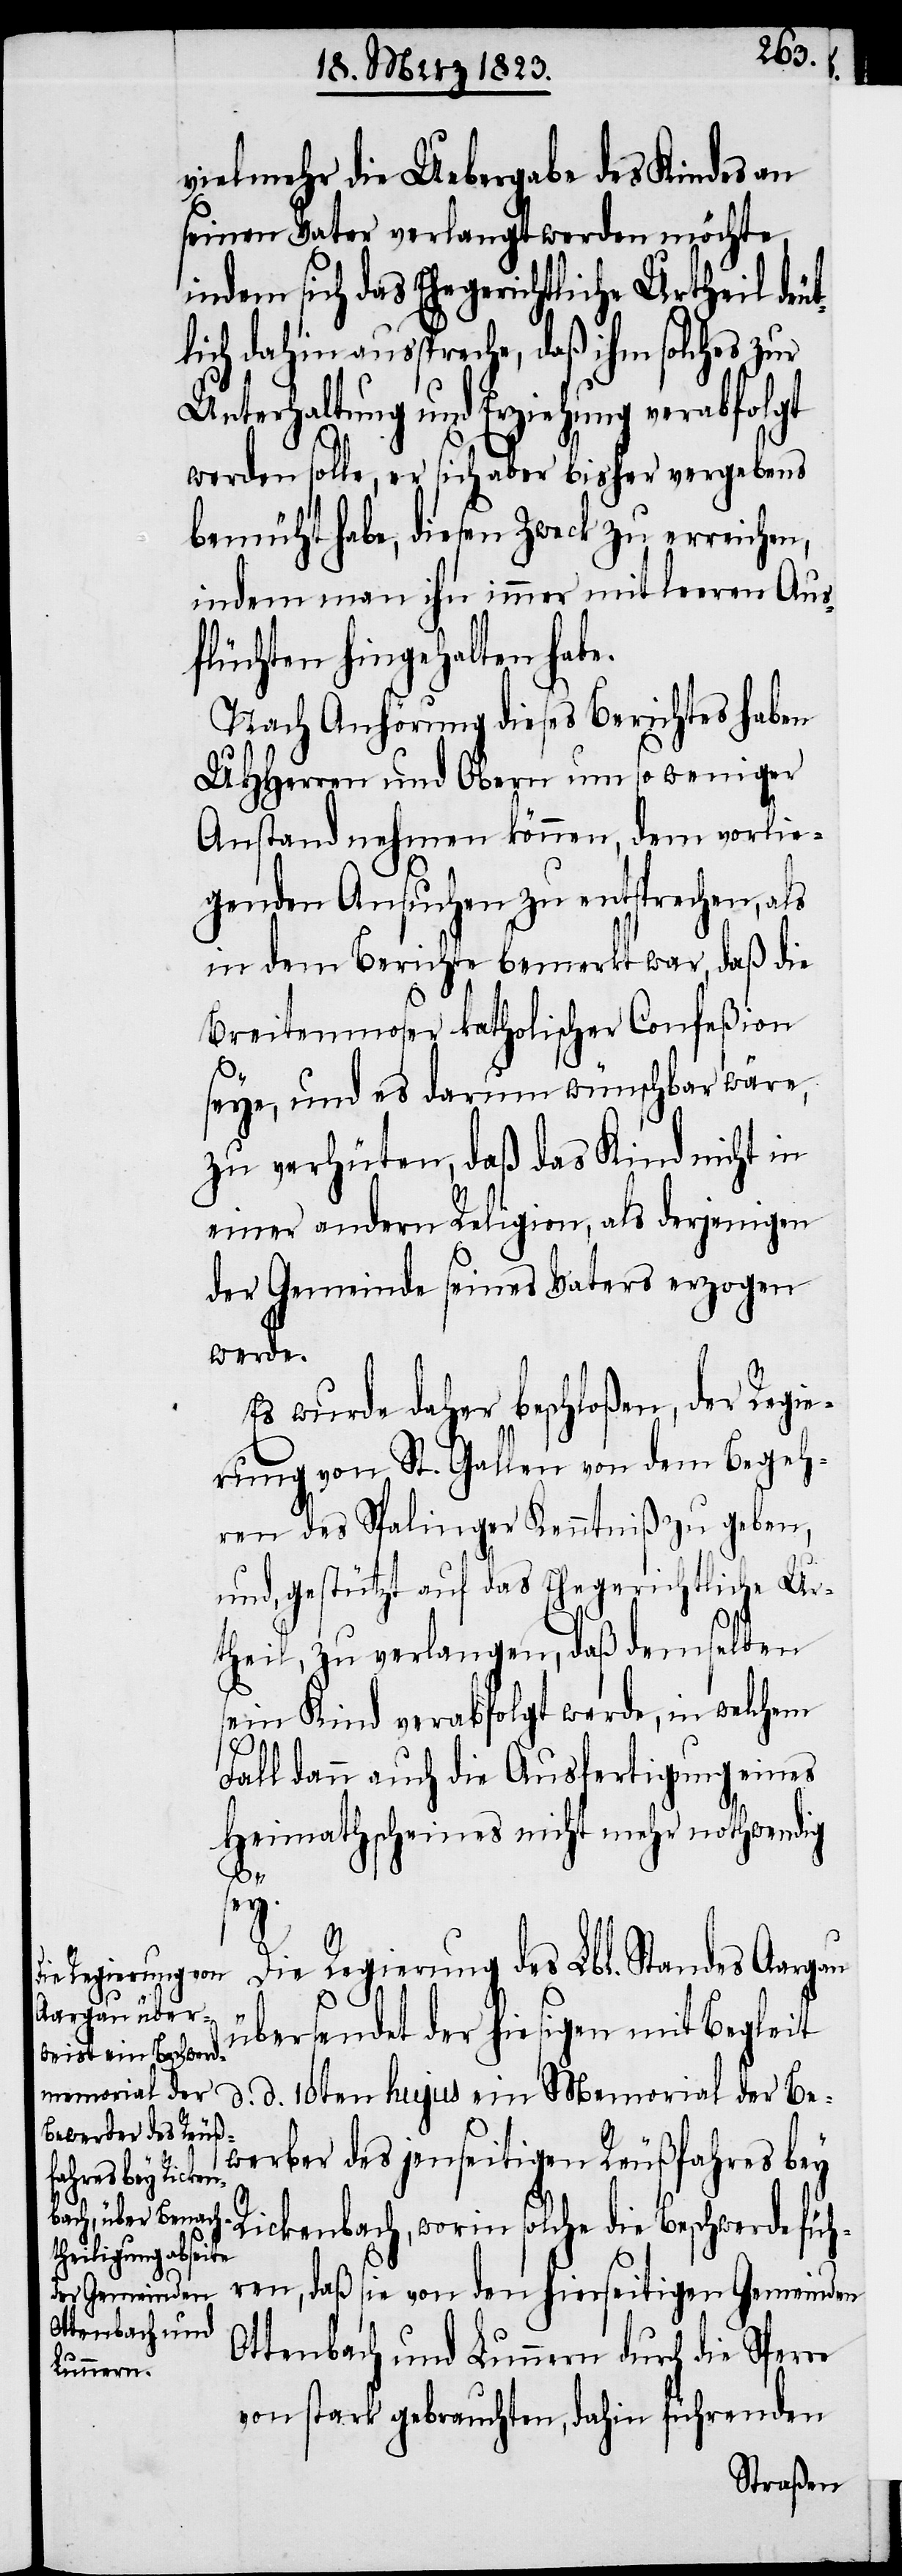
vielmehr die Uebergabe des Kindes an
seinen Vater verlangt werden möchte,
indem sich das Ehegerichtliche Urtheil deu¬
tlich dahin ausspreche, daß ihm solches zur
Unterhaltung und Erziehung verabfolgt
werden solle, er sich aber bisher vergebens
bemüht habe, diesen Zweck zu erreichen,
indem man ihn immer mit leeren Aus¬
flüchten hingehalten habe.
Nach Anhörung dieses Berichtes haben
UHHerren und Obern um so weniger
Anstand nehmen können, dem vorlie¬
genden Ansuchen zu entsprechen, als
in dem Berichte bemerkt war, daß die
Breitenmoser katholischer Confeßion
seye, und es darum wünschbar wäre,
zu verhüten, daß das Kind nicht in
einer andern Religion, als derjenigen
der Gemeinde seines Vaters erzogen
werde.
Es wurde daher beschloßen, der Regi¬
erung von St. Gallen von dem Begeh¬
ren des Spalinger Kenntniß zu geben,
und, gestützt auf das Ehegerichtliche Ur¬
theil, zu verlangen, daß demselben
sein Kind verabfolgt werde, in welchem
Fall dann auch die Ausfertigung eines
Heimathscheines nicht mehr nothwendig
sey.
Die Regierung des Lbl. Standes Aargau
übersendet der hiesigen mit Begleit
d. d. 10ten hujus ein Memorial der Be¬
werber des jenseitigen Reußfahres bey
Rickenbach, worin solche die Beschwerde füh¬
ren, daß sie von den hierseitigen Gemeinden
Ottenbach und Lunnern durch die Sperre
von stark gebrauchten, dahin führenden